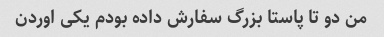
من دو تا پاستا بزرگ سفارش داده بودم یکی اوردن